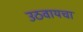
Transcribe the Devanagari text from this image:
उठवायचा